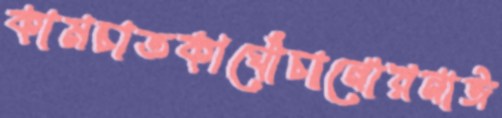
কামচাতকাঘোঁচানোরনাঈ